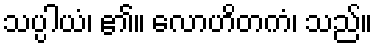
သပ္ပါယံ၊ ၏။ လောဟိတကံ၊ သည်။